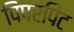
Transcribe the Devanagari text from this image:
पिपरपिंट